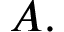
A .